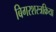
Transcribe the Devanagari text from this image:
बिगरशस्त्रक्रिया